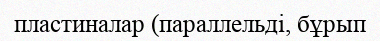
пластиналар (параллельді, бұрып